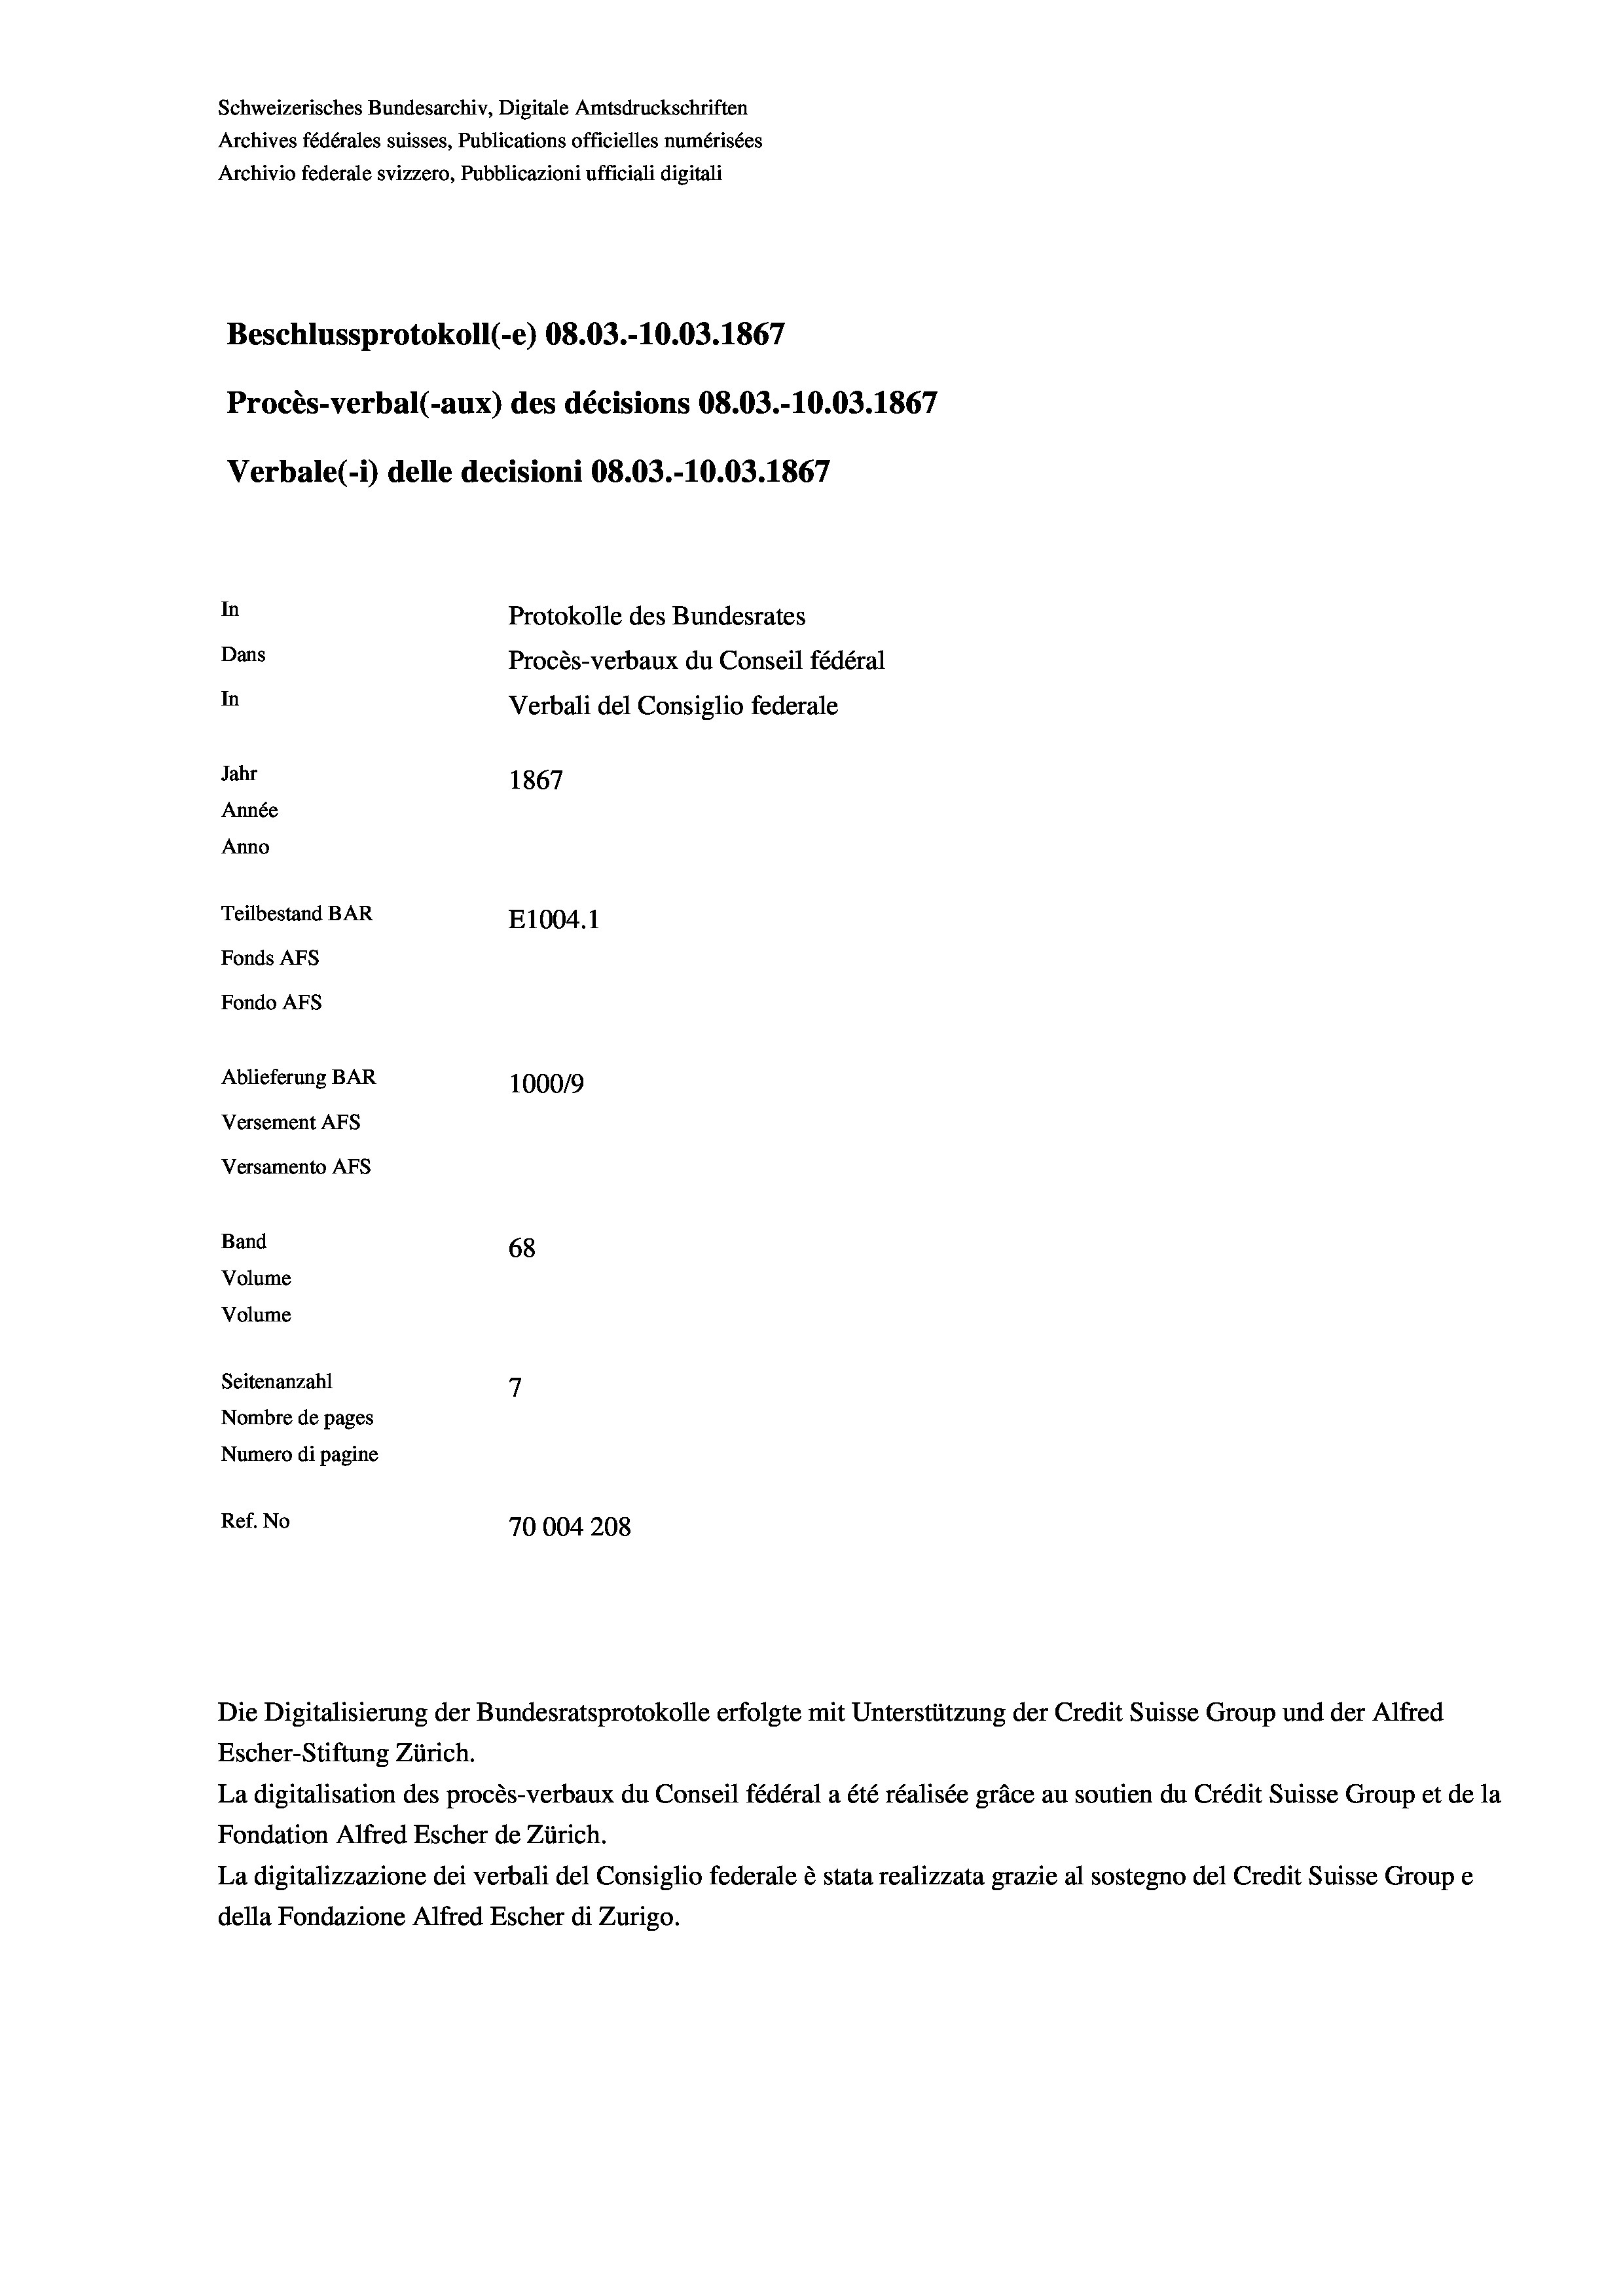
Schweizerisches Bundesarchiv, Digitale Amtsdruckschriften
Archives fédérales suisses, Publications officielles numérisées
Beschlussprotokoll (-e) 08.03.-10.03. 1867
Procès-verbal (-aux) des décisions 08.03.-10.03. 1867
In
Protokolle des Bundesrates
Dans
Procès-verbaux du Conseil fédéral
In
Verbali del Consiglio federale
Jahr
1867
Année
Anno
Teilbestand BAR
E1004.1
Fonds AFs
Fondo AFS

Archivio federale svizzero, Pubblicazioni ufficiali digitali

Verbale(-*) delle decisioni 08.03.-10.03. 1867

Ablieferung BAR
100019
Versement AFs
Versamento AFs
Band
68
Volume
Volume
7
Seitenanzahl
Nombre de pages

Numero di pagine
Ref. No
70004208

Die Digitalisierung der Bundesratsprotokolle erfolgte mit Unterstützung der Credit Suisse Group und der Alfred
Escher-Stiftung Zürich.
La digitalisation des procès-verbaux du Conseil fédéral a été réalisée gräce au soutien du Crédit Suisse Group et de la
Fondation Alfred Escher de Zürich.
La digitalizzazione dei verbali del Consiglio federale è stata realizzata grazie al sostegno del Credit Suisse Groupe
della Fondazione Alfred Escher di Zurigo.